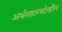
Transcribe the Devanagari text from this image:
अर्थसहाय्यदेखील